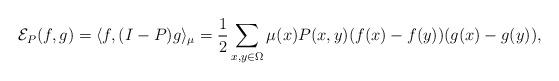
LaTeX: \begin{align*}\mathcal{E}_P(f,g) = \langle f, (I-P) g\rangle_{\mu} = \frac{1}{2} \sum_{x,y\in \Omega} \mu(x) P(x,y) (f(x)- f(y)) (g(x) - g(y)),\end{align*}